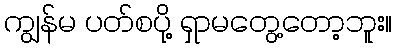
ကျွန်မ ပတ်စပို့ ရှာမတွေ့တော့ဘူး။